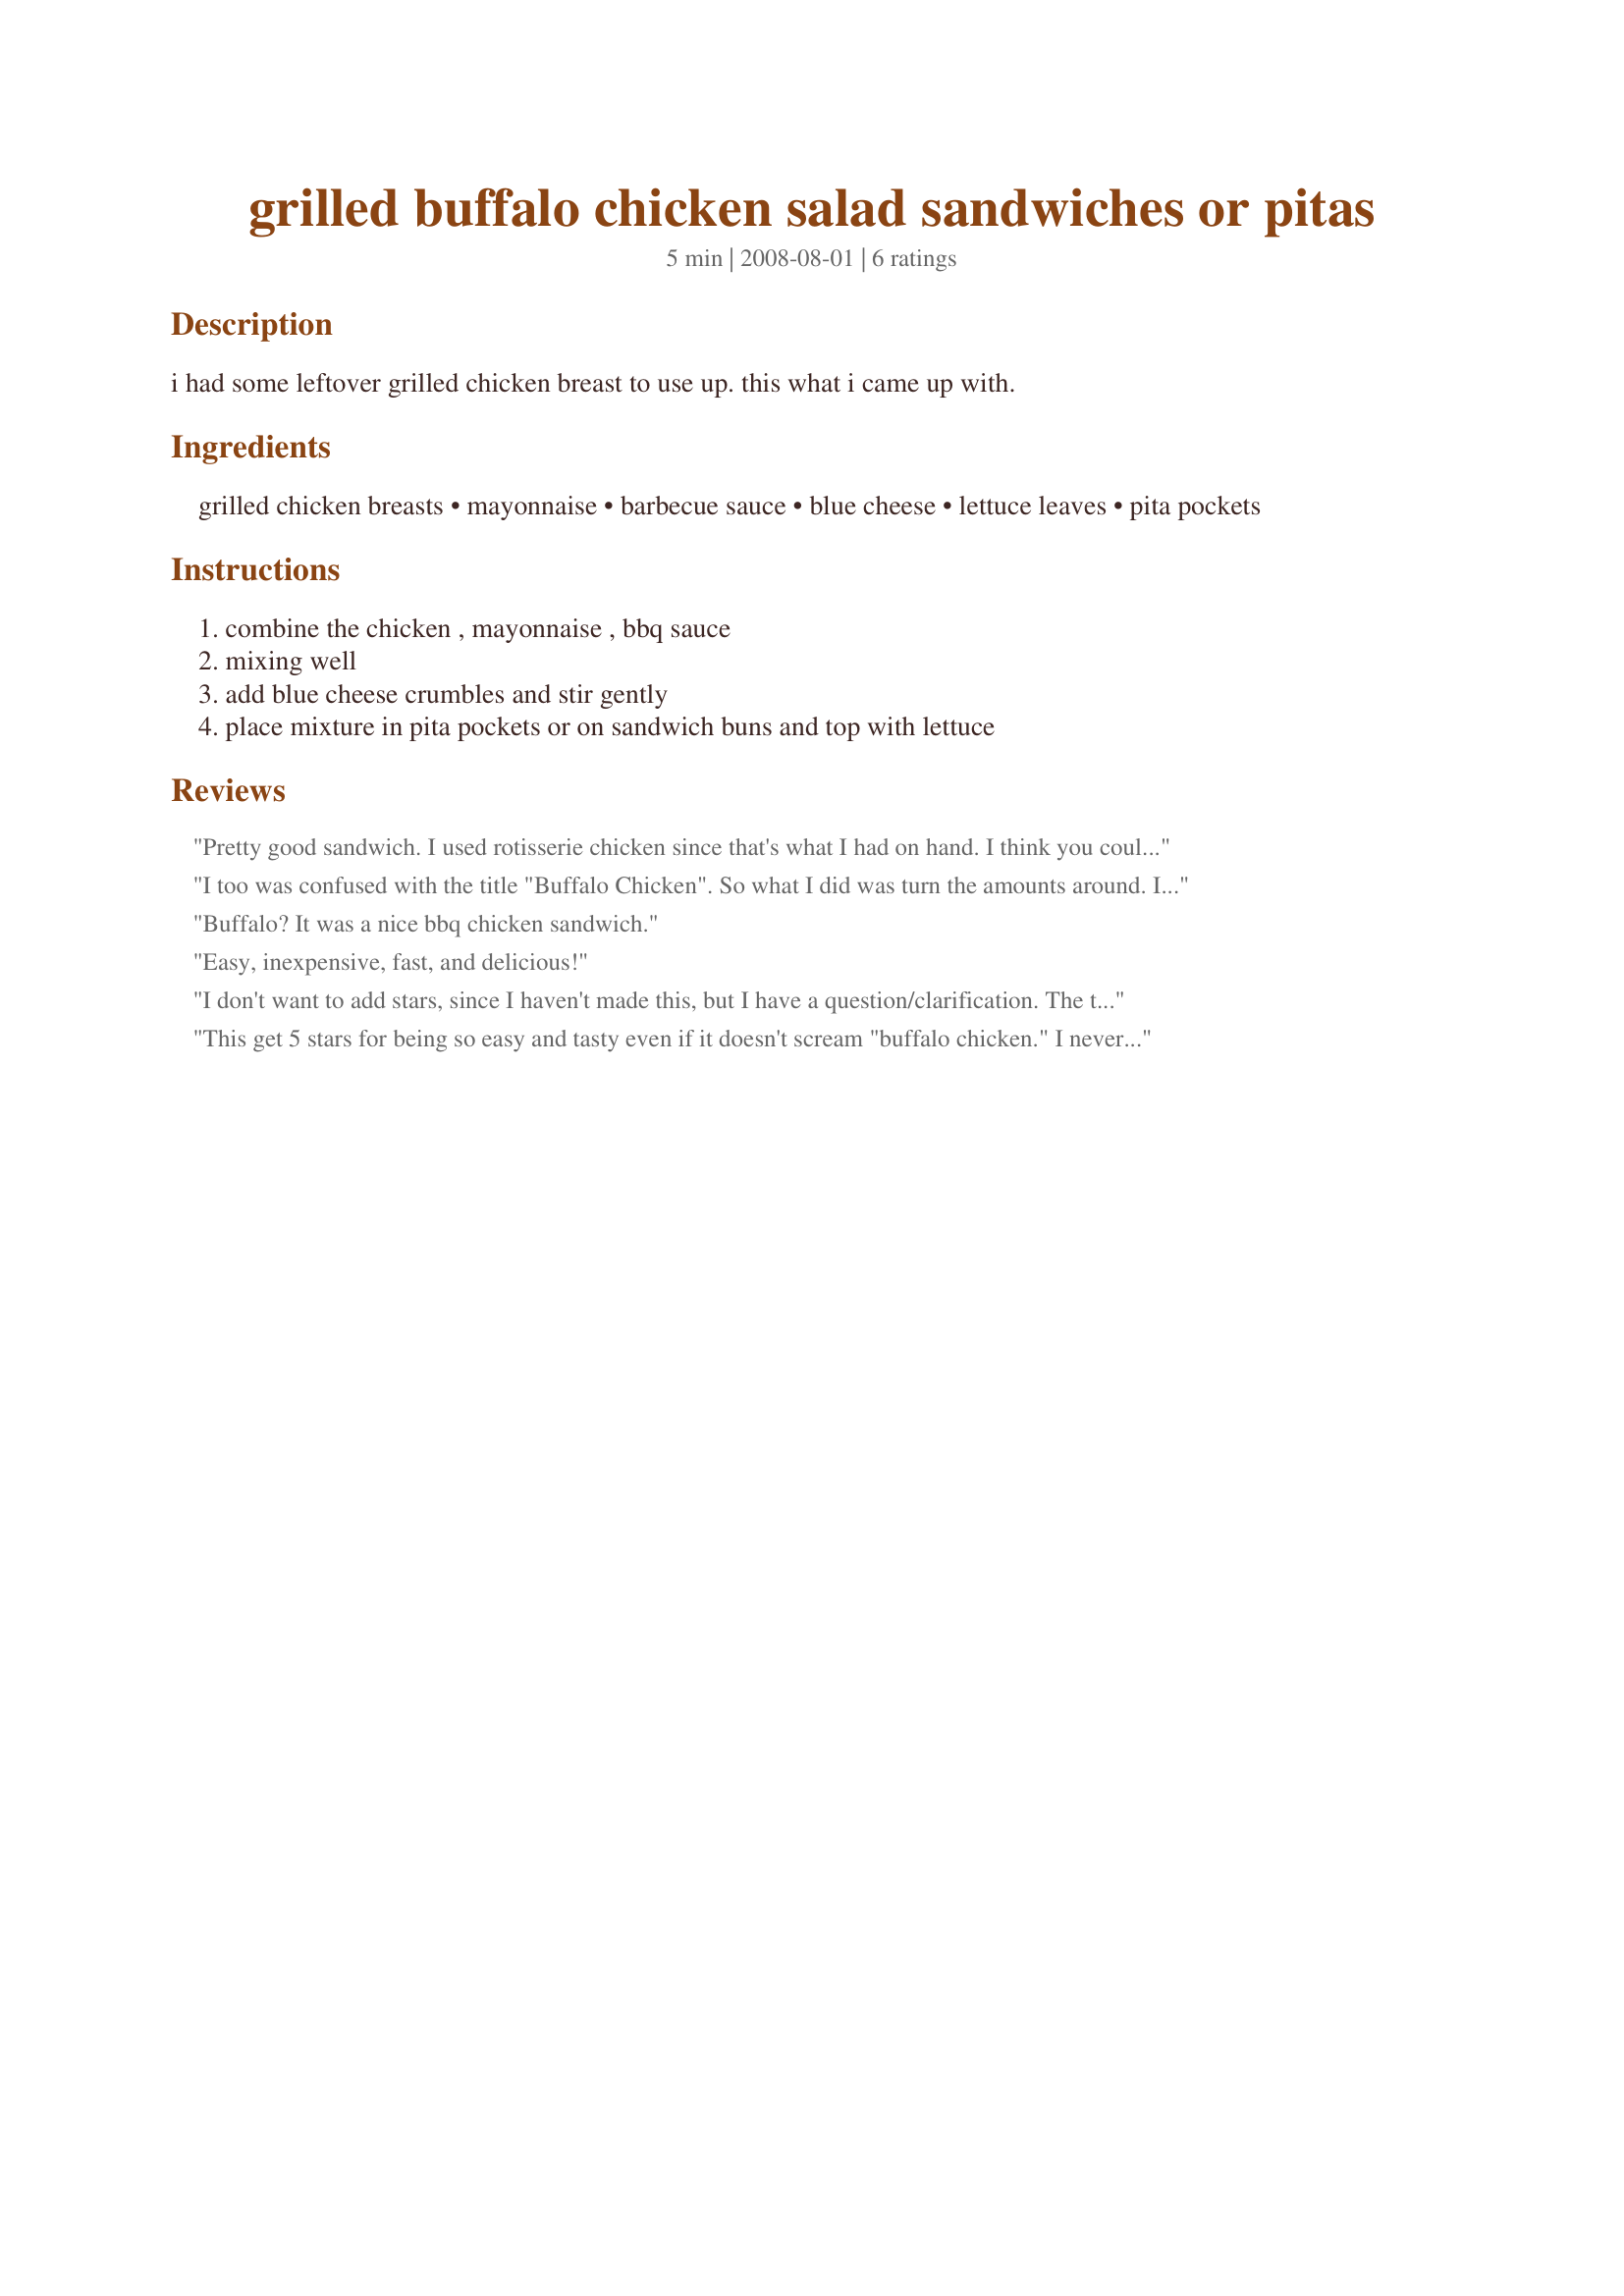
grilled buffalo chicken salad sandwiches or pitas
Preparation time: 5 minutes

i had some leftover grilled chicken breast to use up. this what i came up with.

Ingredients:
grilled chicken breasts, mayonnaise, barbecue sauce, blue cheese, lettuce leaves, pita pockets

Steps:
combine the chicken , mayonnaise , bbq sauce, mixing well, add blue cheese crumbles and stir gently, place mixture in pita pockets or on sandwich buns and top with lettuce

Reviews:
Pretty good sandwich. I used rotisserie chicken since that's what I had on hand. I think you could definitely use buffalo sauce instead of BBQ if you are looking for something more spicy. Loved the addition of the blue cheese.
I too was confused with the title "Buffalo Chicken". So what I did was turn the amounts around. I mixed the mayo & Franks Wing Sauce together. I placed it in a bowl lined in lettuce and drizzled the barbecue sauce on top. I served it as an appetizer with tostito scoops. It was delicious. My family actually got a separate bowl of the barbecue sauce and drizzled on each scoop as they ate it. Nice, refreshing and easy. Thank you.
Buffalo? It was a nice bbq chicken sandwich.
Easy, inexpensive, fast, and delicious!
I don't want to add stars, since I haven't made this, but I have a question/clarification. The title indicates buffalo chicken...but I don't see any hot sauce, and I'm not sure if it's a typo or not. Just curious, but it looks/sounds great either way.
This get 5 stars for being so easy and tasty even if it doesn't scream "buffalo chicken." I never thought of mixing BBQ sauce with mayo and the combination was delish! I added in enough hot sauce to satisfy my taste buds and ate this on sandwich buns. Will definitely make again! Thanks for posting Made for Zaar Cookbook Tag.
